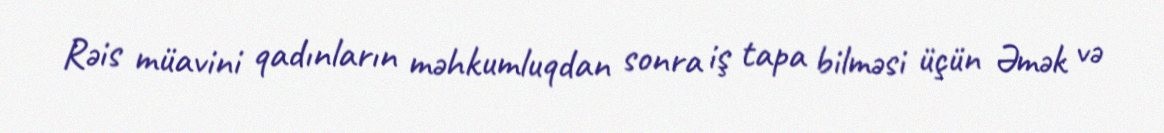
Rəis müavini qadınların məhkumluqdan sonra iş tapa bilməsi üçün Əmək və